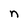
Character: n